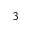
^ 3